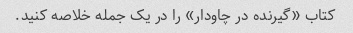
کتاب «گیرنده در چاودار» را در یک جمله خلاصه کنید.